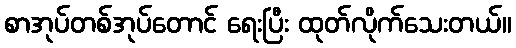
စာအုပ်တစ်အုပ်တောင် ရေးပြီး ထုတ်လိုက်သေးတယ်။